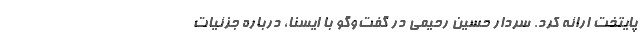
پایتخت ارائه کرد. سردار حسین رحیمی در گفت‌وگو با ایسنا، درباره جزئیات